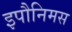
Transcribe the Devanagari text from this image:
इपौनिमस